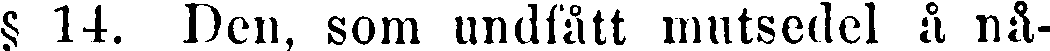
§ 14. Den, som undfått mutsedel å nå-